Annual administration report of the Civil Veterinary Department, Ajmere-Merwara, British Rajputana - 1914-1940
Year: 1914
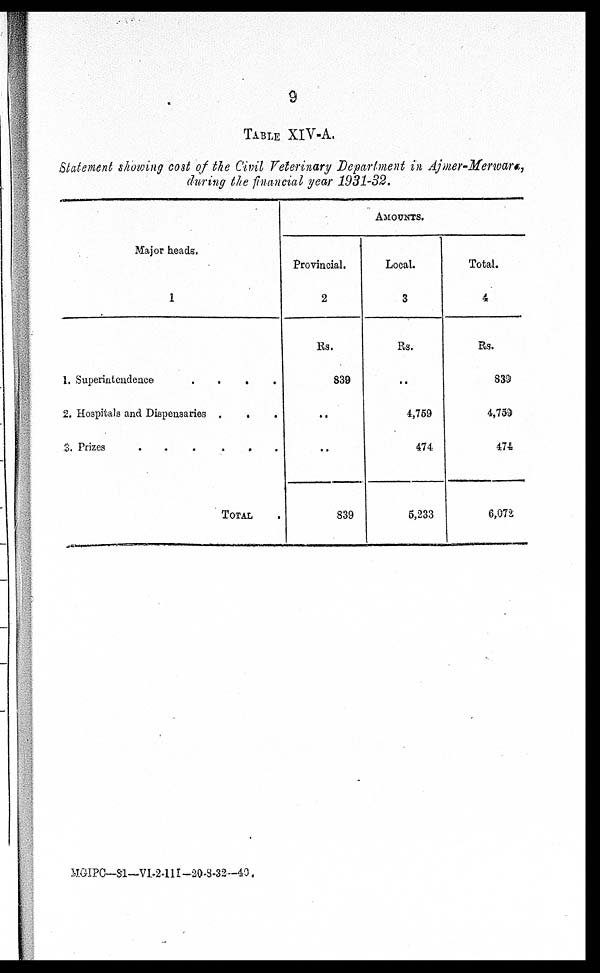
9
TABLE XIV-A.
Statement showing cost of the Civil Veterinary Department in Ajmer-Merwara,
during the financial year 1931-32.
Major heads.
1
1. Superintendence
.
.
.
.
2. Hospitals and Dispensaries .
. .
3. Prizes
.
.
.
.
.
.
TOTAL .
AMOUNT.
Provincial.
2
Rs.
839
..
..
839
Local.
3
Rs.
..
4,759
474
5,233
Total.
4
Rs.
839
4,759
474
6,072
MGIPC—81—VI-2-III-20-8-32-40.